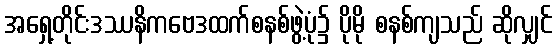
အရှေ့တိုင်းဒဿနိကဗေဒထက်စနစ်ဖွဲ့ပုံ၌ ပိုမို စနစ်ကျသည် ဆိုလျှင်